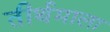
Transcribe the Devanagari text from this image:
तीर्थमाला